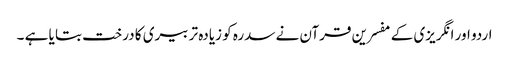
اردو اور انگریزی کے مفسرین قرآن نے سدرہ کو زیادہ تر بیری کا درخت بتا یا ہے ۔